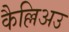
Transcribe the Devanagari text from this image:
कैल्लिअउ